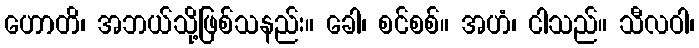
ဟောတိ၊ အဘယ်သို့ဖြစ်သနည်း။ ခေါ၊ စင်စစ်။ အဟံ၊ ငါသည်။ သီလဝါ၊